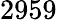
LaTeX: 2959